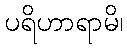
ပရိဟာရာမိ၊